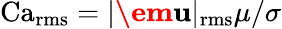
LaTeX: \operatorname{Ca}_{\operatorname{rms}}=|\textbf{\em u}|_{\operatorname{rms}}\mu/\sigma